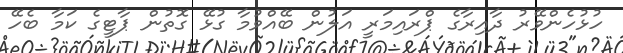
ހުޅުހެންވޭރު ދާއިރާގެ ޕްރައިމަރީ އަލުން ބޭއްވުމާ ގުޅޭ ގޮތުން ޕާޓީގެ ކަމާ ބެހޭ